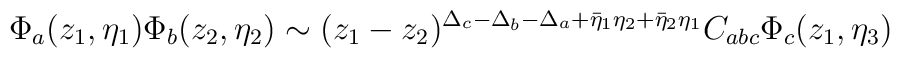
\Phi_{a}(z_1,\eta_1) \Phi_{b}(z_2,\eta_2) \sim(z_1-z_2)^{\Delta_{c}- \Delta_{b} - \Delta_{a} + \bar{\eta}_1\eta_2 + \bar{\eta}_2 \eta_1} C_{abc} \Phi_{c}(z_1,\eta_3)